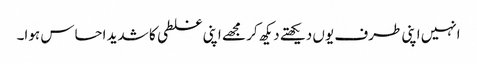
انہیں اپنی طرف یوں دیکھتے دیکھ کر مجھے اپنی غلطی کا شدید احساس ہوا۔